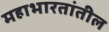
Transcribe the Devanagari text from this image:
महाभारतांतील